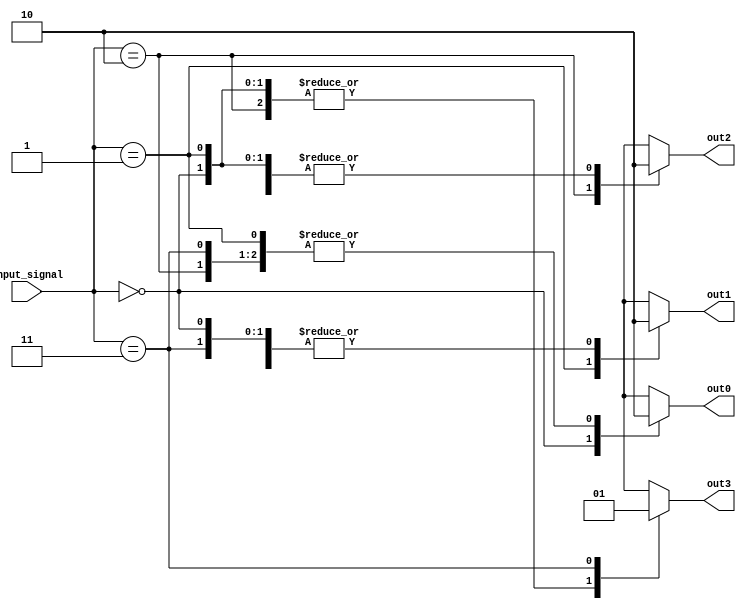
module Decoder (
  input [1:0] input_signal,
  output reg out0,
  output reg out1,
  output reg out2,
  output reg out3
);

always @(*) begin
  case(input_signal)
    2'b00: begin
      out0 = 1;
      out1 = 0;
      out2 = 0;
      out3 = 0;
    end
    2'b01: begin
      out0 = 0;
      out1 = 1;
      out2 = 0;
      out3 = 0;
    end
    2'b10: begin
      out0 = 0;
      out1 = 0;
      out2 = 1;
      out3 = 0;
    end
    2'b11: begin
      out0 = 0;
      out1 = 0;
      out2 = 0;
      out3 = 1;
    end
    default: begin
      out0 = 0;
      out1 = 0;
      out2 = 0;
      out3 = 0;
    end
  endcase
end

endmodule